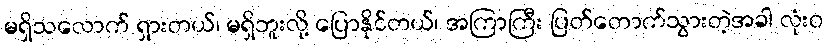
မရှိသလောက် ရှားတယ်၊ မရှိဘူးလို့ ပြောနိုင်တယ်၊ အကြာကြီး ပြတ်တောက်သွားတဲ့အခါ လုံးဝ